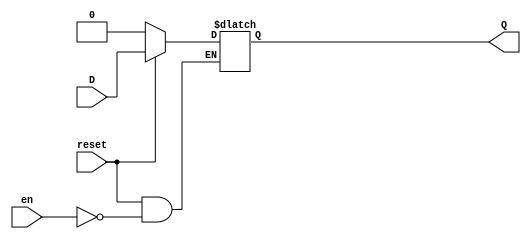
// D Latch with Enable and Active Low Reset
// Created by Nitheesh Kumar - Aug 03 2020

module d_latch (
	input D, // Data Input
	input en, // Enable Signal
	input reset, // Asynchronous Reset Low
	output reg Q); // Data Output

always @(en or reset or D) begin

if (reset == 1'b0) 
Q <= 1'b0;
else if (en) 
Q <= D;
else Q <= Q; // Latch when en == 0

end

endmodule